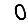
Digit: 0